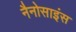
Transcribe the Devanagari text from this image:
नैनोसाइंस